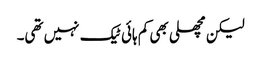
لیکن مچھلی بھی کم ہائی ٹیک نہیں تھی۔